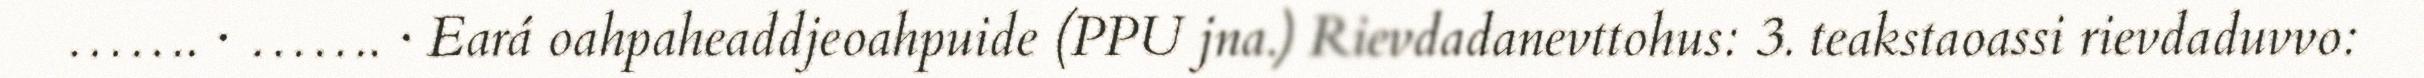
……. · ……. · Eará oahpaheaddjeoahpuide (PPU jna.) Rievdadanevttohus: 3. teakstaoassi rievdaduvvo: